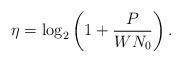
LaTeX: \begin{align*}\eta = \log_{2} \left( 1 + \frac{P}{WN_{0}} \right) . \end{align*}